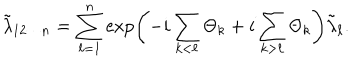
LaTeX: \tilde { \lambda } _ { 1 2 \cdots n } = \sum _ { \ell = 1 } ^ { n } \exp \left( - i \sum _ { k < \ell } \Theta _ { k } + i \sum _ { k > \ell } \Theta _ { k } \right) \tilde { \lambda } _ { \ell } .